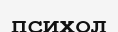
психол